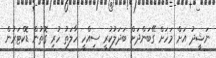
ނަޝީދު އަށް މަހަށް ގޭބަންދަށް ބަދަލުކުރީ ސިއްހީ ހާލަތު ހުރި ގޮތުން ޑޮކްޓަރުން